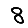
Digit: 8